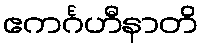
ဧကင်္ဂဟီနာတိ